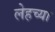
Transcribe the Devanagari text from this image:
लेहच्या